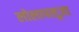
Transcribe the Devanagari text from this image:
लोलापलूजा